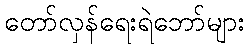
တော်လှန်ရေးရဲဘော်များ